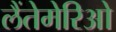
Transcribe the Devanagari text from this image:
लैंतेमेरिओ